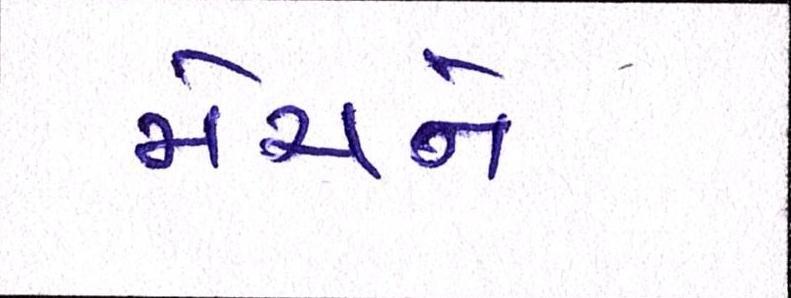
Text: મેચને